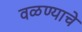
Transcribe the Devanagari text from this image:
वळण्याचे